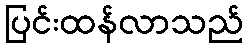
ပြင်းထန်လာသည်